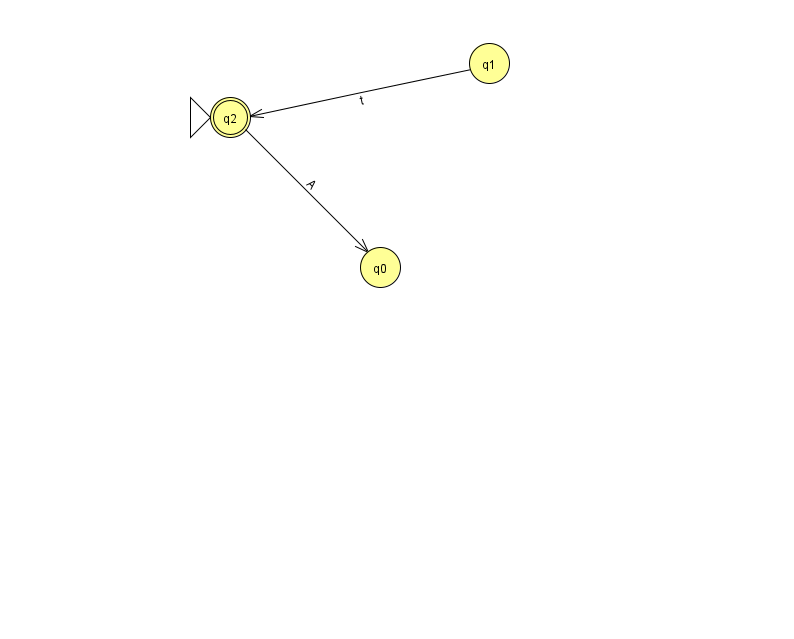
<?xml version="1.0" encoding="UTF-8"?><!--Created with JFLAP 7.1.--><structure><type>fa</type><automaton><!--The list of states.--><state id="0" name="q0"><x>380.0</x><y>254.0</y></state><state id="1" name="q1"><x>489.0</x><y>50.0</y></state><state id="2" name="q2"><x>230.0</x><y>104.0</y><initial/><final/></state><!--The list of transitions.--><transition><from>2</from><to>0</to><read>A</read></transition><transition><from>1</from><to>2</to><read>t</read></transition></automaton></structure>